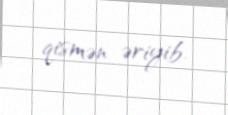
qismən əriyib.